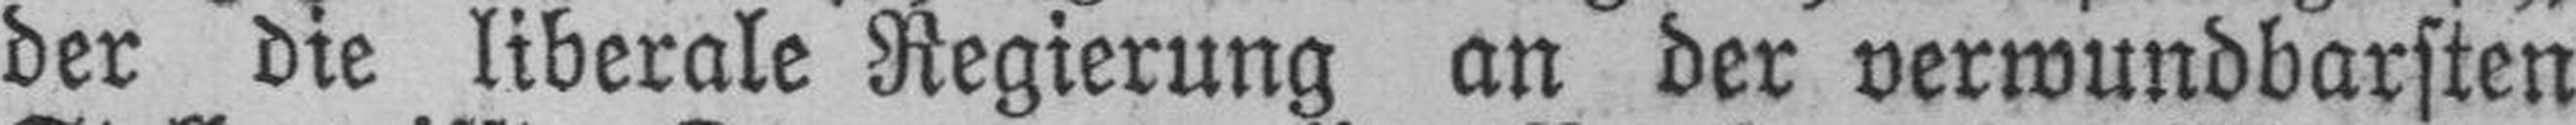
der die liberale Regierung an der verwundbarsten